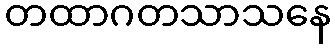
တထာဂတသာသနေ